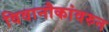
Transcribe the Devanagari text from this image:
विवानौकांवरुन